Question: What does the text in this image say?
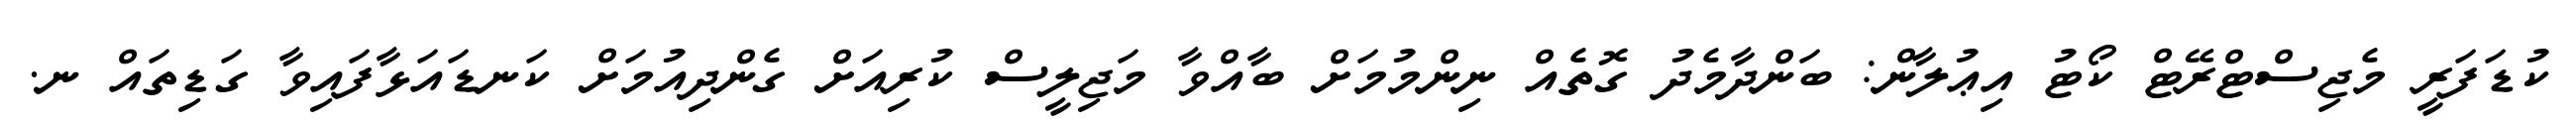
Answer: ކުޑަފަރީ މެޖިސްޓްރޭޓް ކޯޓު އިޢުލާން: ބަންދާމެދު ގޮތެއް ނިންމުމަށް ބާއްވާ މަޖިލީސް ކުރިއަށް ގެންދިއުމަށް ކަނޑައަޅާފައިވާ ގަޑިތައް ނ.